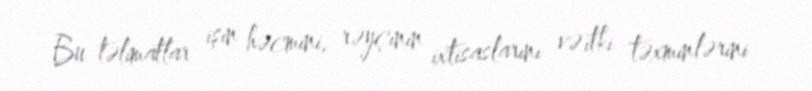
Bu təlimatlar işin həcmini, rəyçinin ixtisaslarını və itki təxminlərini